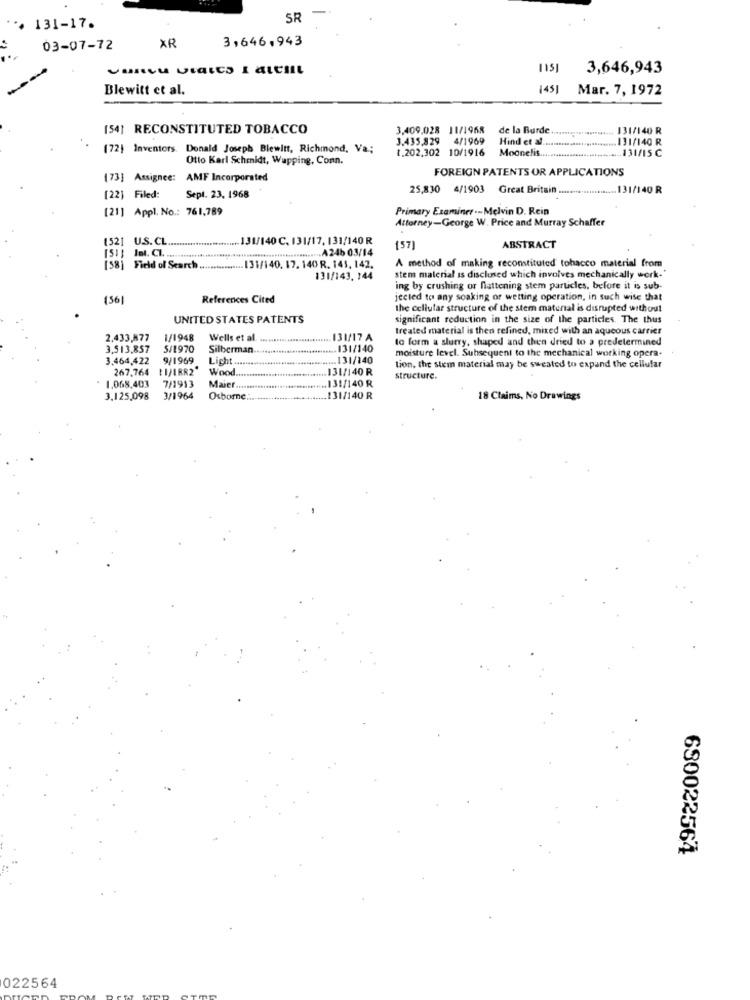
SR
... 131-17.
XR
3,646,943
03-07-72
1151
3,646,943
Blewitt et al.
1451
Mar. 7, 1972
(54] RECONSTITUTED TOBACCO
3,409,028 11/1968
de la Burde
131/140 R
3.435.829 4/1969
Hind et al.
131/140 R
(72) Inventors. Donald Joseph Blewitt, Richmond, Va;
t.202,302 10/1916
Moonelis ...
.131/15 C
Otto Karl Schmidt, Wapping, Conn.
FOREIGN PATENTS OR APPLICATIONS
(73] Assignee: AMF Incorporated
25,830 4/1903 Great Britain ........
131/140 R
[22] Filed:
Sept. 23, 1968
[21] Appl. No .: 761,789
Primary Examiner -- Melvin D. Rein
Attorney-George W. Price and Murray Schaffer
152] U.S.CL.
.......................... 131/140 C. 131/17, 131/140 R
(57)
ABSTRACT
(51 ; Int. C ................................................................. 246 03/14
A method of making reconstituted tobacco material from
(58) Field of Search ................ 131/140. 17. 140 R. 141, 142.
131/143, 144
stem material is disclosed which involves mechanically work-
ing by crushing or fattening stem particles, before it is sub-
(56|
References Cited
jected to any soaking of wetting operation, in such wise that
the cellular structure of the stem material is disrupted without
UNITED STATES PATENTS
significant reduction in the size of the particles. The thus
treated material is then refined, mixed with an aqueous carrier
2,433,877
1/1948
Wells et al.
131/17 A
to form a slurry, shaped and then dried to a predetermined
3,513,857
5/1970
Silberman.
.. 131/140
moisture level. Subsequent to the mechanical working opera-
3.464,422
9/1969
Licht
.... 131/140
267,764
LIVERR2"
Wood
131/140 R
tion, the stem material may be sweated to expand the cellular
1.068,403
7/1913
structure.
Maier
.131/140 R
3.125,098
3/1964
Osborne
31/140 R
18 Claims, No Drawings
680022564
022564